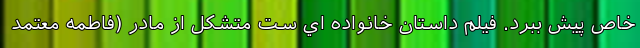
خاص پيش ببرد. فيلم داستان خانواده اي ست متشکل از مادر (فاطمه معتمد